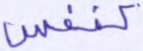
كنفس